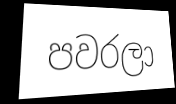
පවරලා